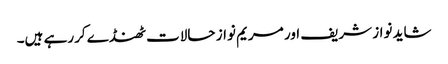
شاید نواز شریف اور مریم نواز حالات ٹھنڈے کررہے ہیں۔